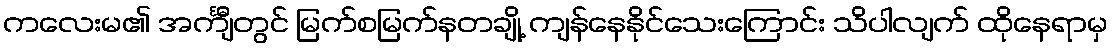
ကလေးမ၏ အင်္ကျီတွင် မြက်စမြက်နတချို့ ကျန်နေနိုင်သေးကြောင်း သိပါလျက် ထိုနေရာမှ